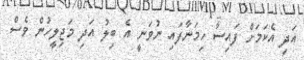
އަދި އެކަމަށް ފައިސާ ހިމަނާފައި ނުވަނީ އެ ބިލު އަދި މަޖިލީހުން ވެސް